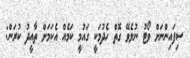
ސިފައިންނަށް ވޯޓު ނުލެވޭ ގޮތް ހެދުމަކީ ގައުމީ ކަމެއް އެކަމަށް ތާއީދު ކުރަން: